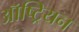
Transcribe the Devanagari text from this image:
ऑष्ट्रियन